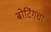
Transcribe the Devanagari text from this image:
बोटिंगचा